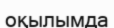
оқылымда